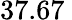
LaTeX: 37.67\